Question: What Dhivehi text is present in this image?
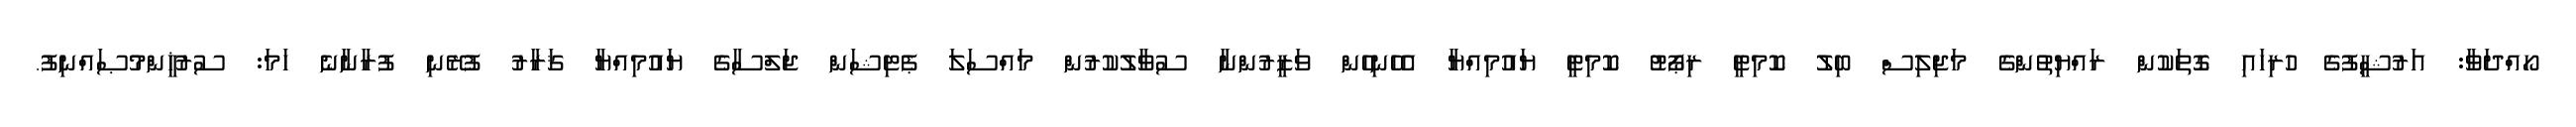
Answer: ހޯއްދަވާ: އަރުޝީފުގެ ހުރިހައި ގޮތަކުން ރައްޔިތުންގެ މަޖިލިސް ބިލު ކޮމިޓީ ރިޕޯޓު ކޮމިޓީ ޔައުމިއްޔާ އެހެނިހެން ވަޒީރުންނާ ސުވާލުކުރުން މައްސަލަ ޕެޓިޝަން ޖަލްސާގެ ޔައުމިއްޔާ ޤަރާރު ފުރޭނި ފުރާނާނެ ހަމަ: ސުރުޚީންމުޞައްނިފު.